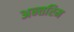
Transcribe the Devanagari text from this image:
अन्‍तरिम